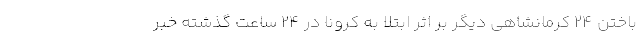
باختن 24 کرمانشاهی دیگر بر اثر ابتلا به کرونا در 24 ساعت گذشته خبر